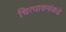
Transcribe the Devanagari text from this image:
चित्पावनांकडे